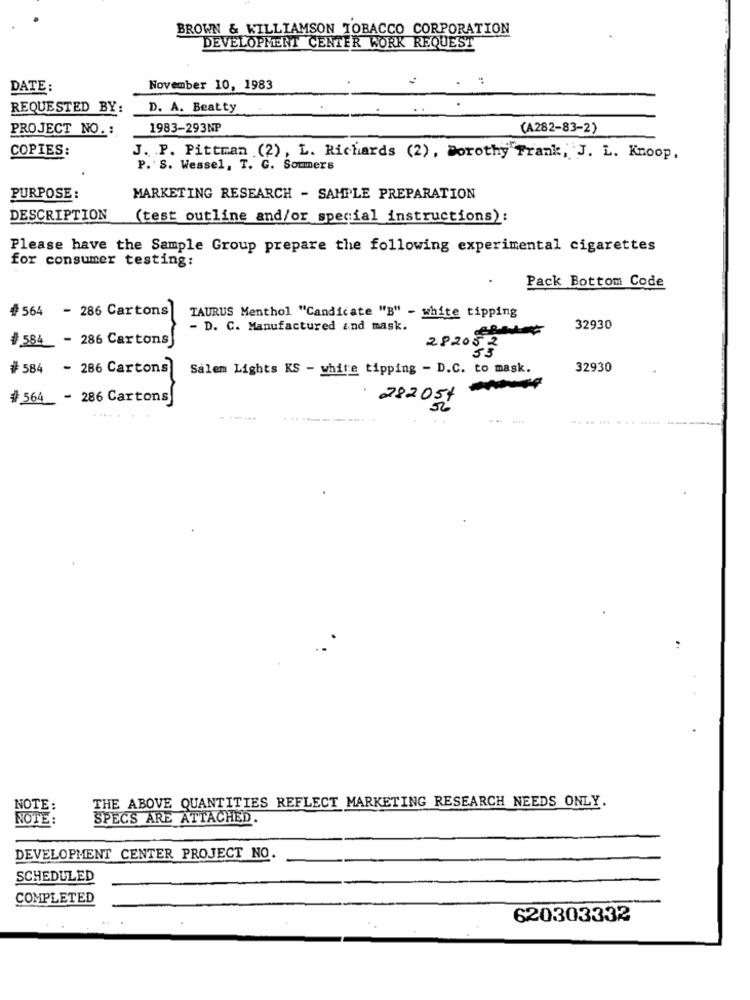
BROWN & WILLIAMSON TOBACCO CORPORATION
DEVELOPMENT CENTER WORK REQUEST
DATE:
November 10, 1983
REQUESTED BY:
D. A. Beatty
PROJECT NO. :
1983-293NP
(A282-83-2)
COPIES:
J. P. Pittman (2), L. Richards (2), Dorothy Frank, J. L. Knoop,
P. S. Wessel, T. C. Soummers
PURPOSE :
MARKETING RESEARCH - SAMPLE PREPARATION
DESCRIPTION
(test outline and/or special instructions):
Please have the Sample Group prepare the following experimental cigarettes
for consumer testing:
Pack Bottom Code
#564 - 286 Cartons
TAURUS Menthol "Candicate "B" - white tipping
- D. C. Manufactured and mask.
32930
# 584 _- 286 Cartons
282052
#584 - 286 Cartons
Salem Lights KS - white tipping - D.C. to mask.
32930
# 564 - 286 Cartons
282054
THE ABOVE QUANTITIES REFLECT MARKETING RESEARCH NEEDS ONLY.
NOTE:
NOTE:
SPECS ARE ATTACHED
DEVELOPMENT CENTER PROJECT NO
SCHEDULED
COMPLETED
620303332